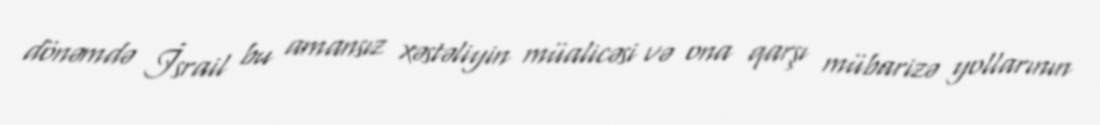
dönəmdə İsrail bu amansız xəstəliyin müalicəsi və ona qarşı mübarizə yollarının